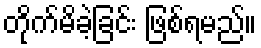
တိုက်မိခဲ့ခြင်း ဖြစ်ရမည်။